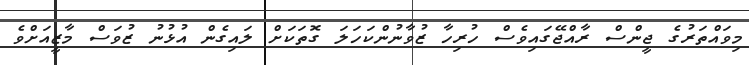
މިވައްތަރުގެ ޖީންސް ރާއްޖޭގައިވެސް ހުރިހާ ޒުވާނުންކަހަލަ ގޮތަކަށް ލައިގެން އުޅުނު ޒުވަސް މާޒީއަށްވެ